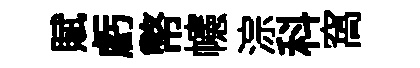
賦虧幣幰淙科窩